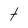
Character: t